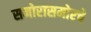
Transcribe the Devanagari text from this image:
समोरासमोरचे